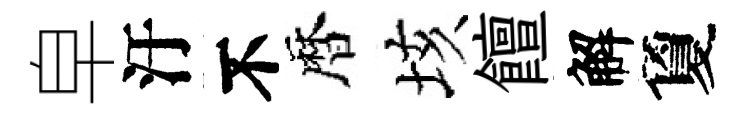
皁汙不暦垓饘解夐